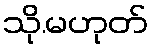
သို.မဟုတ်